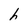
Character: h